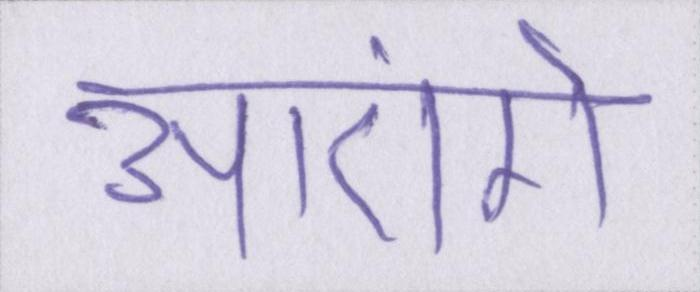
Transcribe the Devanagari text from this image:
आएंगे